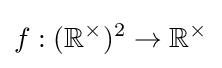
f:(\mathbb {R} ^{\times })^{2}\to \mathbb {R} ^{\times }